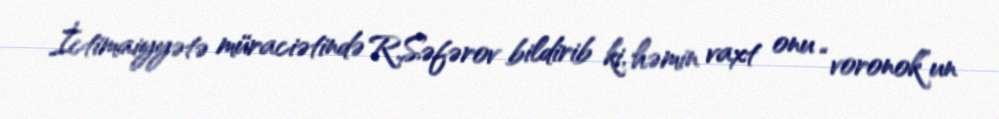
İctimaiyyətə müraciətində R.Səfərov bildirib ki, həmin vaxt onu “voronok”un